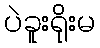
ပဲခူးရိုးမ